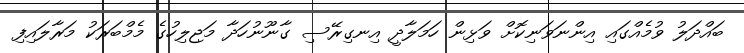
ބައްދަލު ވުމެއްގައި އިންނަވަނިކޮށް ވަޅިން ހަމަލާދީ އިނގިރޭސި ގާނޫނުހަދާ މަޖިލިހުގެ މެމްބަރަކު މަރާލައިފި